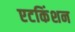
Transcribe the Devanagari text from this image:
एटकिंशन